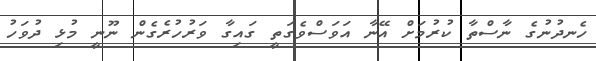
ހެނދުނުގެ ނާސްތާ ކުރުމަށް އޭނާ އަވަސްވެގަތީ ގައިގާ ވަރުހުރެގެން ނޫނީ މުޅި ދުވަހު